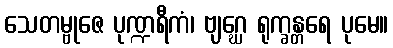
သေတမ္ဗုဇေ ပုဏ္ဍရီကံ၊ ဗျဂ္ဃေ ရုက္ခန္တရေ ပုမေ။